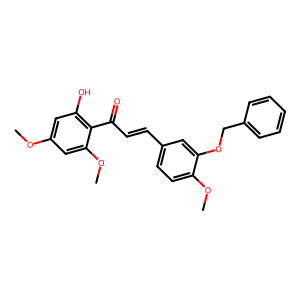
SMILES: COc1cc(O)c(C(=O)C=Cc2ccc(OC)c(OCc3ccccc3)c2)c(OC)c1
Inhibits HIV replication: No